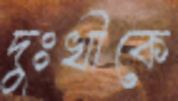
দুঃখীকে